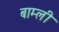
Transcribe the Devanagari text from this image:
बाम्ली